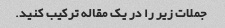
جملات زیر را در یک مقاله ترکیب کنید.